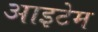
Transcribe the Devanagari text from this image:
आइटेम